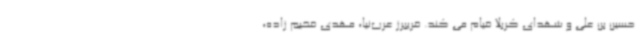
حسین بن علی و شهدای کربلا قیام می کند. فریبرز عرب‌نیا، مهدی فخیم زاده،